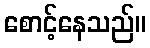
စောင့်နေသည်။